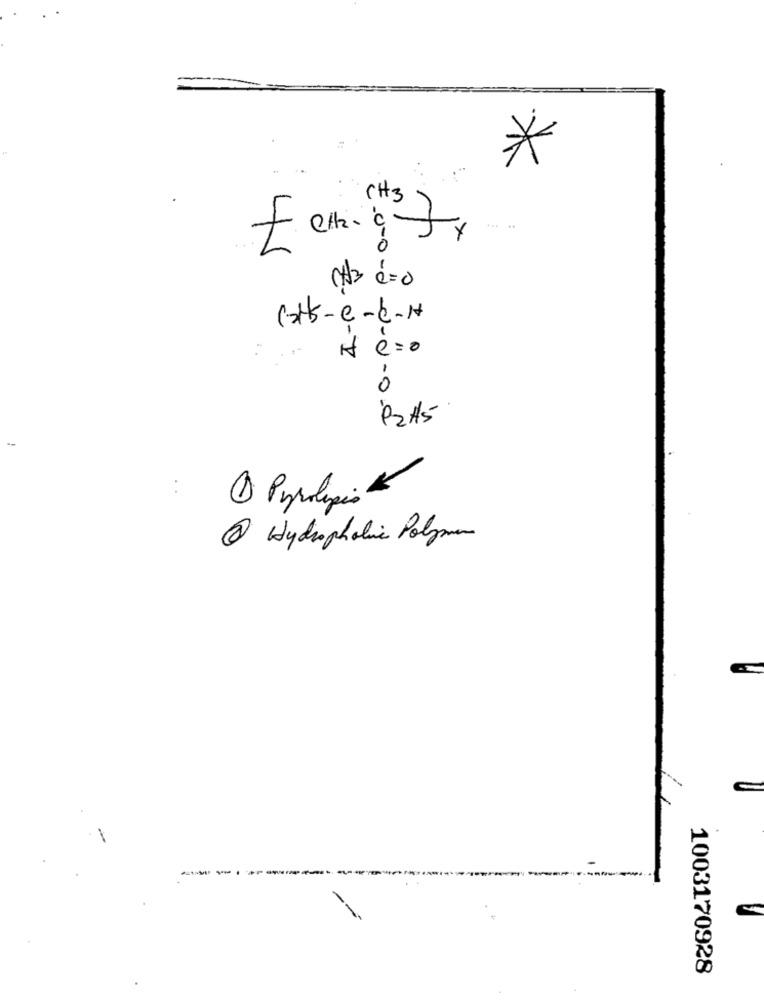
*
CH3
45
CH3
2 = 0
CHS-C-C-H
e =0
0
PZA5
1 Pyrolipio
@ Hydrophobic Polymer
---------
1003170928